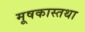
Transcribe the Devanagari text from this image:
मूषकास्तथा